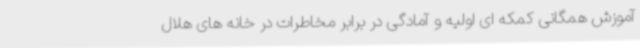
آموزش همگانی کمکه ای اولیه و آمادگی در برابر مخاطرات در خانه های هلال